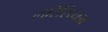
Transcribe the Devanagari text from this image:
लारेंसियम